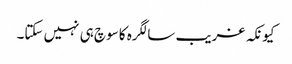
کیونکہ غریب سالگرہ کا سوچ ہی نہیں سکتا۔